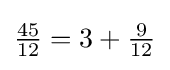
{\textstyle {\frac {45}{12}}=3+{\frac {9}{12}}}